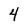
Character: 4